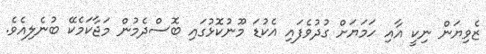
ޒެވިޔަން ނިކީ އާއި ހަމަޔަށް ގުދުވެފައި އެކުޑަ މޫނުކޮޅުގައި ބޮސްދެމުން މަޖާކަމެކޭ ބުނެލިއެވެ.